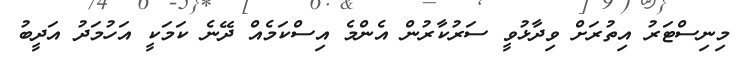
މިނިސްޓަރު އިތުރަށް ވިދާޅުވީ ސަރުކާރުން އެންމެ އިސްކަމެއް ދޭނެ ކަމަކީ އަހުމަދު އަދީބު